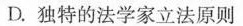
D.独特的法学家立法原则